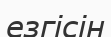
езгісін